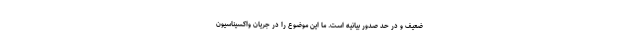
ضعیف و در حد صدور بیانیه است. ما این موضوع را در جریان واکسیناسیون